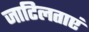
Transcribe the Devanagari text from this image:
जाटिलताएं